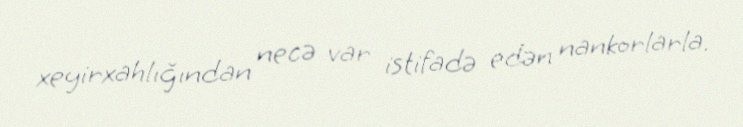
xeyirxahlığından necə var istifadə edən nankorlarla.